Note on the mental hospitals in Burma - 1925-1940
Year: 1925
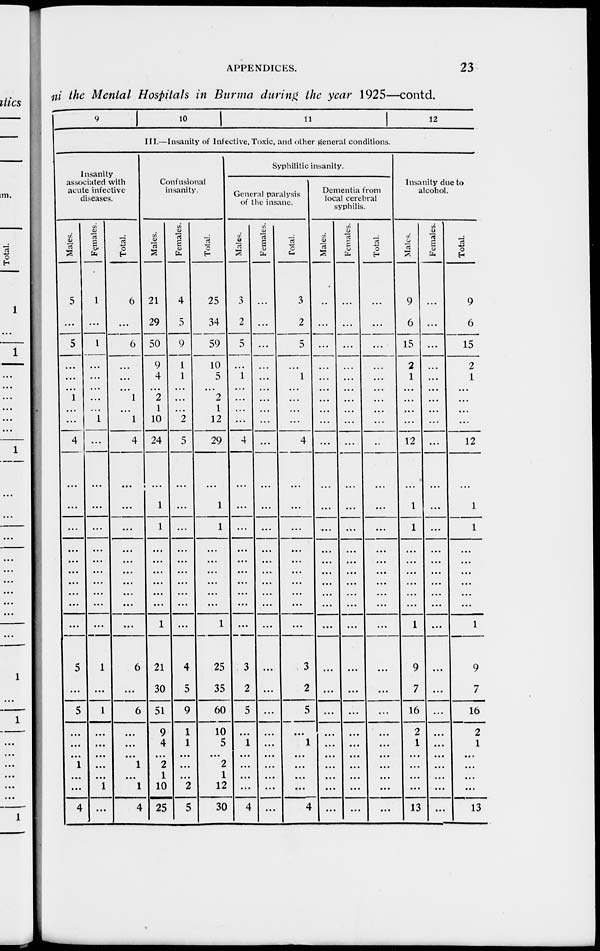
APPENDICES.
23
in the Mental Hospitals in Burma during the year 1925—contd.
9
10
11 12
III.—Insanity of Infective, Toxic, and other general conditions.
Insanity
associated with
acute infective
diseases.
Males.
5
...
5
...
...
...
1
...
...
4
...
...
...
...
...
...
...
...
...
...
5
...
5
...
...
...
1
...
...
4
Females.
1
...
1
...
...
...
...
...
1
...
...
...
...
...
...
...
...
...
...
...
1
...
1
...
...
...
...
...
1
...
Total.
6
...
6
...
...
...
1
...
1
4
...
...
...
...
...
...
...
...
...
...
6
...
6
...
...
...
1
...
1
4
Confusional
insanity.
Males.
21
29
50
9
4
...
2
1
10
24
...
1
1
...
...
...
...
...
...
1
21
30
51
9
4
...
2
1
10
25
Females.
4
5
9
1
1
...
...
...
2
5
...
...
...
...
...
...
...
...
...
...
4
5
9
1
1
...
...
...
2
5
Total.
25
34
59
10
5
...
2
1
12
29
...
1
1
...
...
...
...
...
...
1
25
35
60
10
5
...
2
1
12
30
Syphilitic insanity.
General paralysis
of the insane.
Males.
3
2
5
...
1
...
...
...
...
4
...
...
...
...
...
...
...
...
...
...
3
2
5
...
1
...
...
...
...
4
Females.
...
...
...
...
...
...
...
...
...
...
...
...
...
...
...
...
...
...
...
...
...
...
...
...
...
...
...
...
...
...
Total.
3
2
5
...
1
...
...
...
...
4
...
...
...
...
...
...
...
...
...
...
3
2
5
...
1
...
...
...
...
4
Dementia from
local cerebral
syphilis.
Males.
...
...
...
...
...
...
...
...
...
...
...
...
...
...
...
...
...
...
...
...
...
...
...
...
...
...
...
...
...
...
Females.
...
...
...
...
...
...
...
...
...
...
...
...
...
...
...
...
...
...
...
...
...
...
...
...
...
...
...
...
...
...
Total.
...
...
...
...
...
...
...
...
...
...
...
...
...
...
...
...
...
...
...
...
...
...
...
...
...
...
...
...
...
...
Insanity due to
alcohol.
Males.
9
6
15
2
1
...
...
...
...
12
...
1
1
...
...
...
...
...
...
1
9
7
16
2
1
...
...
...
...
13
Females.
...
...
...
...
...
...
...
...
...
...
...
...
...
...
...
...
...
...
...
...
...
...
...
...
...
...
...
...
...
...
Total.
9
6
15
2
1
...
...
...
...
12
...
1
1
...
...
...
...
...
...
1
9
7
16
2
1
...
...
...
...
13